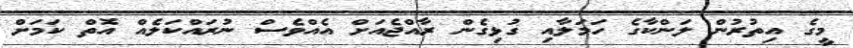
މީގެ އިތުރުން ލަންކާގެ ހަމަލާއި ގުޅިގެން ރާއްޖެއަށް އެއްވެސް ނުރައްކަލެއް އޮތް ކަމަށް